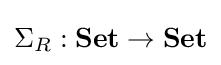
\Sigma _{R}:{\textbf {Set}}\to {\textbf {Set}}